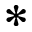
\ast